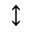
\updownarrow